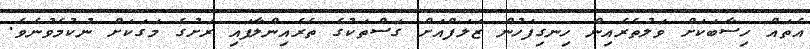
އެތައް ހިސާބަކަށް ވަލުތެރެއިން ހިނގިފަހުން ޒަލަފްއަށް ގަސްތަކުގެ ތެރެއިންލާފައި ރަށުގެ މަގަކަށް ނުކުމެވުނެވެ.